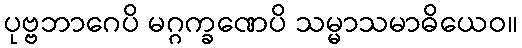
ပုဗ္ဗဘာဂေပိ မဂ္ဂက္ခဏေပိ သမ္မာသမာဓိယေဝ။